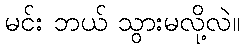
မင်း ဘယ် သွားမလို့လဲ။